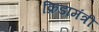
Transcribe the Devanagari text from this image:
क्रिडामंत्री